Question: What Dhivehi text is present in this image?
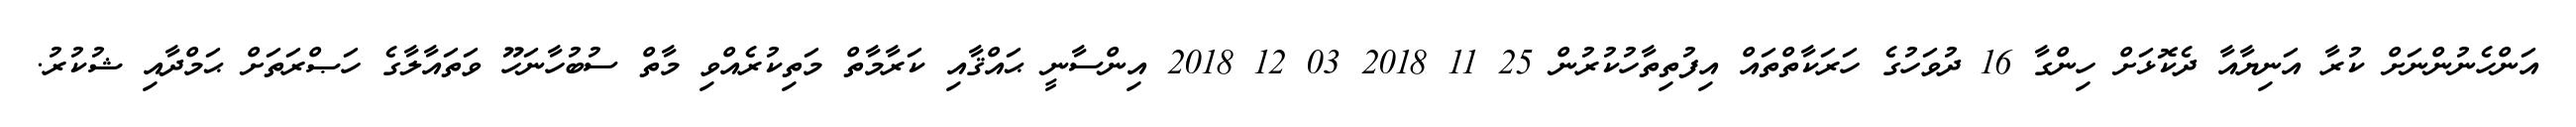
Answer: އަންހެނުންނަށް ކުރާ އަނިޔާއާ ދެކޮޅަށް ހިންގާ 16 ދުވަހުގެ ހަރަކާތްތައް އިފުތިތާހުކުރުން 25 11 2018 03 12 2018 އިންސާނީ ޙައްޤާއި ކަރާމާތް މަތިކުރެއްވި މާތް ސުބުހާނަހޫ ވަތައާލާގެ ހަޞްރަތަށް ޙަމްދާއި ޝުކުރު.